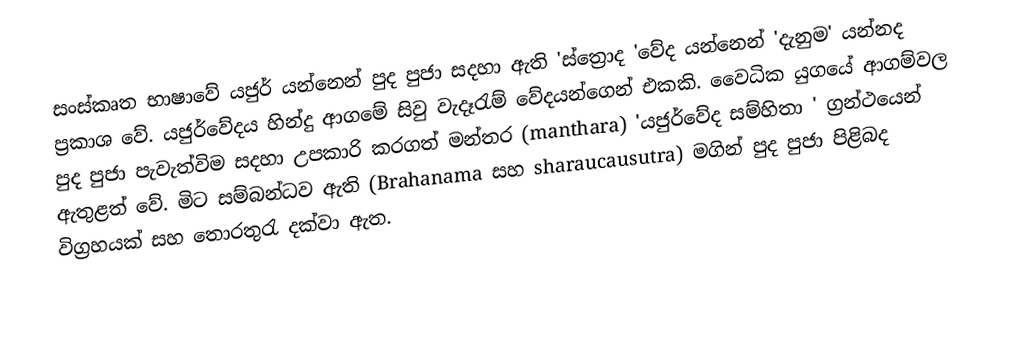
සංස්කෘත භාෂාවේ යජුර් යන්නෙන් පුද පුජා සදහා ඇති '‍ස්ත්‍රොද 'වේද  යන්නෙන් 'දැනුම' යන්නද ප්‍රකාශ ‍වේ. යජුර්වේදය හින්දු ආගමේ සිවු වැදෑරැම් ‍වේදයන්ගෙන් එකකි. වෛධික යුගයේ ආගම්වල පුද පුජා පැවැත්විම සදහා උපකාරි කරගත් මන්තර (manthara)   'යජුර්වේද සම්හිතා ' ග්‍රන්ථයෙන් ඇතුළත් වේ. මිට සම්බන්ධව ඇති (Brahanama සහ  sharaucausutra)  මගින් පුද පුජා පිළිබද විග්‍රහයක් සහ ‍තොරතුරැ දක්වා ඇත.